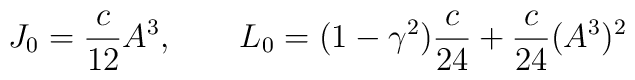
J_0 = \frac{c}{12} A^3, \qquad L_0 = (1-\gamma^2)\frac{c}{24}+ \frac{c}{24} (A^3)^2